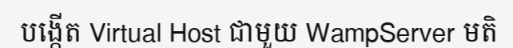
បង្កើត Virtual Host ជាមួយ WampServer មតិ